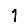
Digit: 1